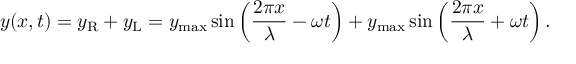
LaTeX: y ( x , t ) = y _ { \mathrm { R } } + y _ { \mathrm { L } } = y _ { \mathrm { m a x } } \sin \left( { \frac { 2 \pi x } { \lambda } } - \omega t \right) + y _ { \mathrm { m a x } } \sin \left( { \frac { 2 \pi x } { \lambda } } + \omega t \right) .